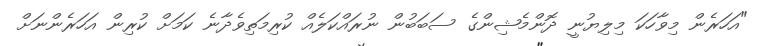
"އަހަރެން މިވާހަކަ މިލިޔުނީ ދޮންމެޝިންގެ ސަބަބުން ނުރައްކަލެއް ކުރިމަތިވެދާނެ ކަމަށް ކުރިން އަހަރެންނަށް